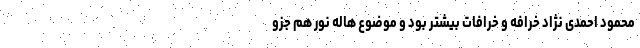
محمود احمدی نژاد خرافه و خرافات بیشتر بود و موضوع هاله نور هم جزو